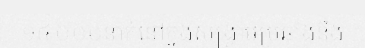
១៤.០០០នាក់នៅក្នុងសង្គ្រាមប្រឆាំងនឹង